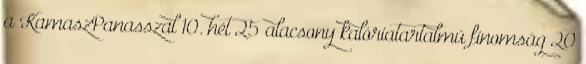
a KamaszPanasszal 10. hét 25 alacsony kalóriatartalmú finomság 20